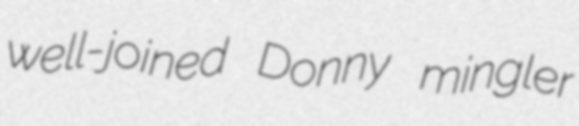
well-joined Donny mingler